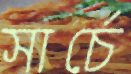
সার্চে